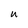
Character: U